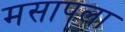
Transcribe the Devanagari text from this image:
मसापला